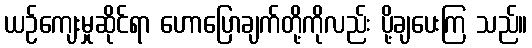
ယဉ်ကျေးမှုဆိုင်ရာ ဟောပြောချက်တို့ကိုလည်း ပို့ချပေးကြ သည်။